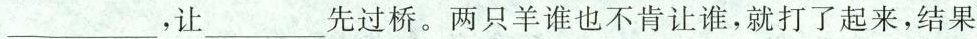
___，让___先过桥。两只羊谁也不肯让谁，就打了起来，结果